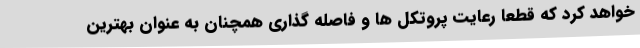
خواهد کرد که قطعا رعایت پروتکل ها و فاصله گذاری همچنان به عنوان بهترین